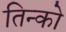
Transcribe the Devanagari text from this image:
तिन्को